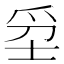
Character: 𤔊